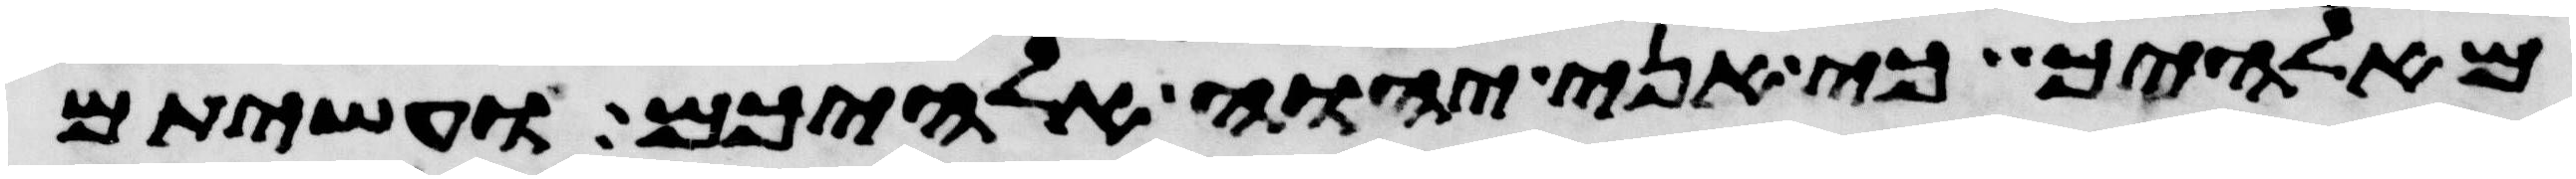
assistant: מאלהיך כי אני יהוה אלהיכם ועשיתם